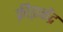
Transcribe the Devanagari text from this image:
क्रीड़ाकेंद्र